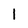
Character: I